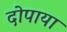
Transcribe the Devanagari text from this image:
दोपाया